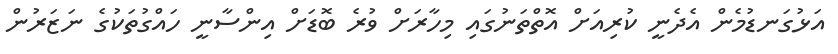
އަޅުގަނޑުމެން އެދެނީ ކުރިއަށް އޮތްތަނުގައި މިހާރަށް ވުރެ ބޮޑަށް އިންސާނީ ހައްގުތަކުގެ ނަޒަރުން